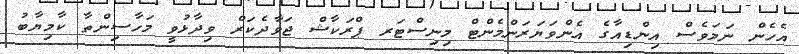
އެހެން ނަމަވެސް އިންޑިއާގެ އެންވަޔަރަންމެންޓް މިނިސްޓަރ ޕްރަކާޝް ޖަވާދެކަރް ވިދާޅުވީ މަހާސިންތާ ކާމިޔާބު